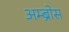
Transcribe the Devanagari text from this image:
अम्ब्रोस